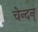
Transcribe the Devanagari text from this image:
चेन्दन्